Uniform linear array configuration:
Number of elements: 8
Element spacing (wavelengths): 1
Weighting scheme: exponential
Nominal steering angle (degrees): -45
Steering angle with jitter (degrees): -45.031
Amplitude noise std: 0.05
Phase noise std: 0.05

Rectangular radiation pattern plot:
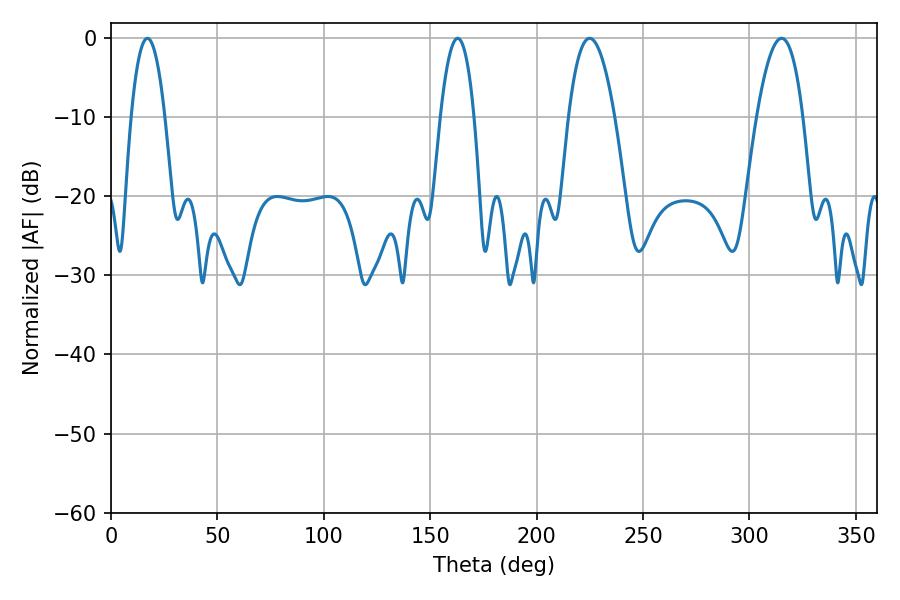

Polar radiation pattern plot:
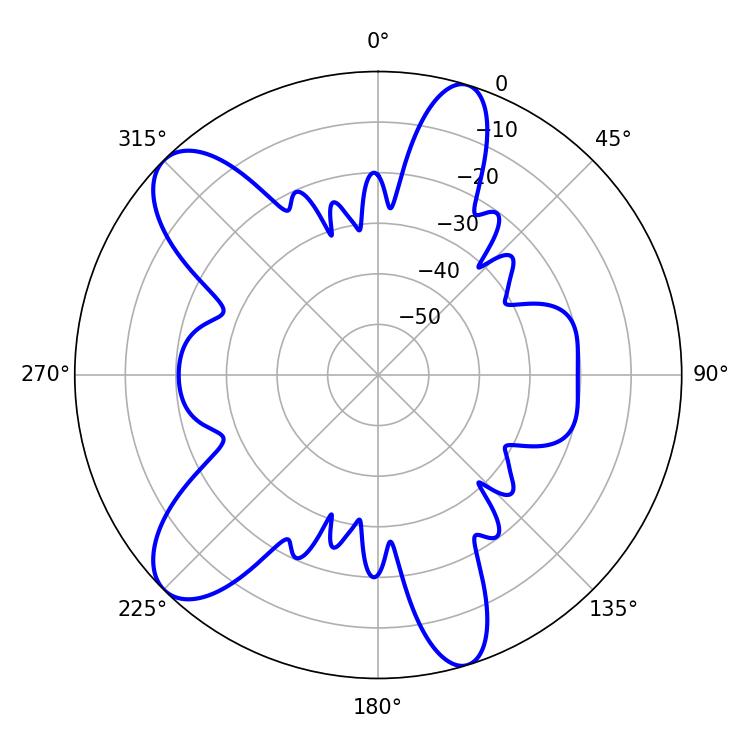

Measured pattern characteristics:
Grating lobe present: TRUE
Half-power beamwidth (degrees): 8.82
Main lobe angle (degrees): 17.1